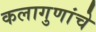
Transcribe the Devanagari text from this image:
कलागुणांचे